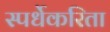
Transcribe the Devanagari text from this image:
स्पर्धेकरिता